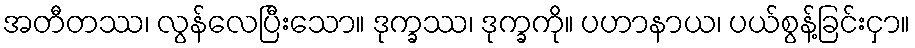
အတီတဿ၊ လွန်လေပြီးသော။ ဒုက္ခဿ၊ ဒုက္ခကို။ ပဟာနာယ၊ ပယ်စွန့်ခြင်းငှာ။